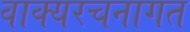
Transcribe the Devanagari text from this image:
वाक्यरचनागत